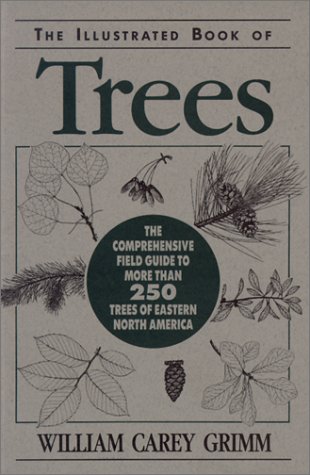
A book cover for Illustrated Book of Trees; William Carey Grimm; Crafts, Hobbies & Home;